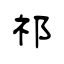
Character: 祁